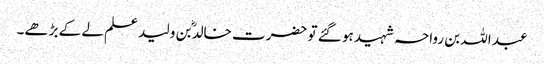
عبد اللہ بن رواحہ شہید ہو گئے تو حضرت خالدؓ بن ولید علم لے کے بڑھے۔